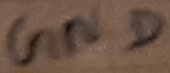
Text: GND